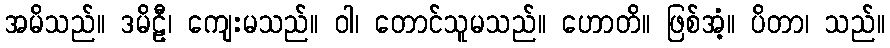
အမိသည်။ ဒမိဠီ၊ ကျေးမသည်။ ဝါ၊ တောင်သူမသည်။ ဟောတိ။ ဖြစ်အံ့။ ပိတာ၊ သည်။